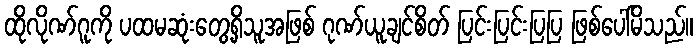
ထိုလိုဏ်ဂူကို ပထမဆုံးတွေ့ရှိသူအဖြစ် ဂုဏ်ယူချင်စိတ် ပြင်းပြင်းပြပြ ဖြစ်ပေါ်မိသည်။